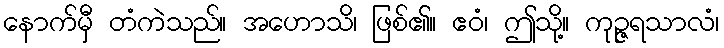
နောက်မှီ တံကဲသည်။ အဟောသိ၊ ဖြစ်၏။ ဧဝံ၊ ဤသို့။ ကုဉ္ဇရသာလံ၊